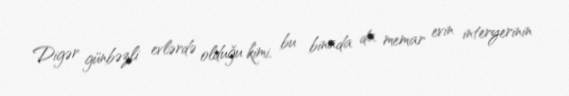
Digər günbəzli evlərdə olduğu kimi, bu binada da memar evin interyerinin